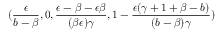
( \frac { \epsilon } { b - \beta } , 0 , \frac { \epsilon - \beta - \epsilon \beta } { ( \beta \epsilon ) \gamma } , 1 - \frac { \epsilon ( \gamma + 1 + \beta - b ) } { ( b - \beta ) \gamma } )